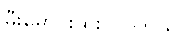
မီးမောင်းထိုးပြပါတယ်။